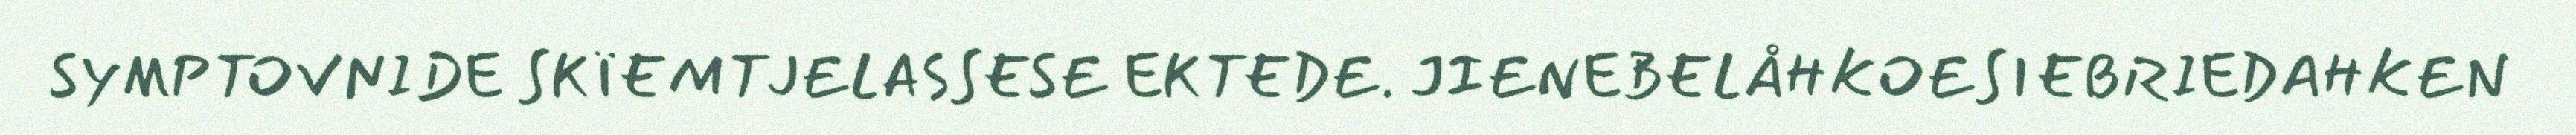
SYMPTOVNIDE SKÏEMTJELASSESE EKTEDE. JIENEBELÅHKOESIEBRIEDAHKEN